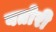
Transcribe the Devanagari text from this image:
बतोरी